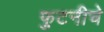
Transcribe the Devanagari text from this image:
फुटनीचे